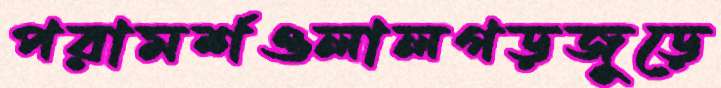
পরামর্শওলালগড়জুড়ে